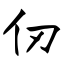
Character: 仞